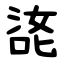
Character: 㖳